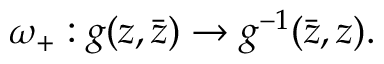
\omega _ { + } : g ( z , \bar { z } ) \to g ^ { - 1 } ( \bar { z } , z ) .